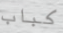
كباب